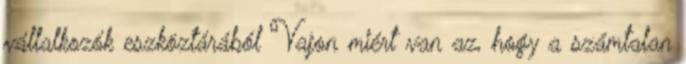
vállalkozók eszköztárából Vajon miért van az, hogy a számtalan